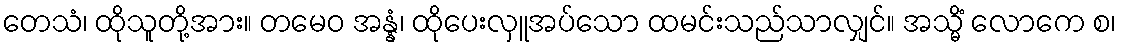
တေသံ၊ ထိုသူတို့အား။ တမေဝ အန္နံ၊ ထိုပေးလှူအပ်သော ထမင်းသည်သာလျှင်။ အသ္မိံ လောကေ စ၊